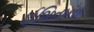
ઈશિતાના